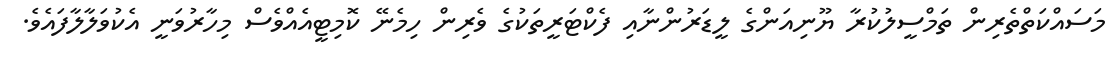
މަސައްކަތްތެރިން ތަމްސީލުކުރާ ޔޫނިއަންގެ ލީޑަރުންނާއި ފެކްޓަރީތަކުގެ ވެރިން ހިމެނޭ ކޮމިޓީއެއްވެސް މިހާރުވަނީ އެކުވަލާލާފައެވެ.